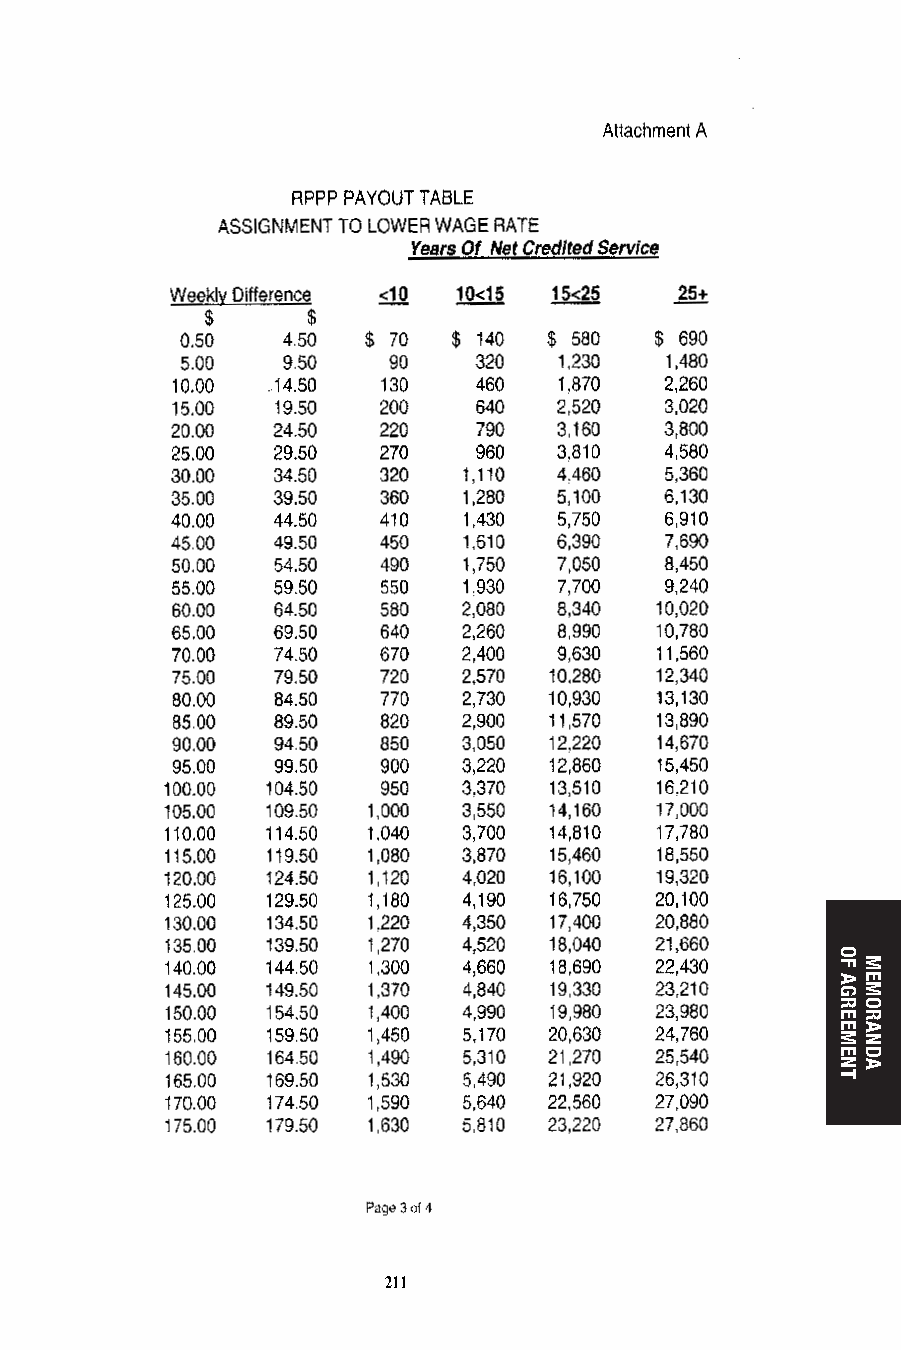
210                        211
 OF
 AGREEMENT
 MEMORANDA